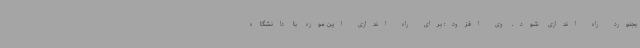
بجنورد راه اندازی شود. وی افزود: برای راه اندازی این موزه با دانشگاه